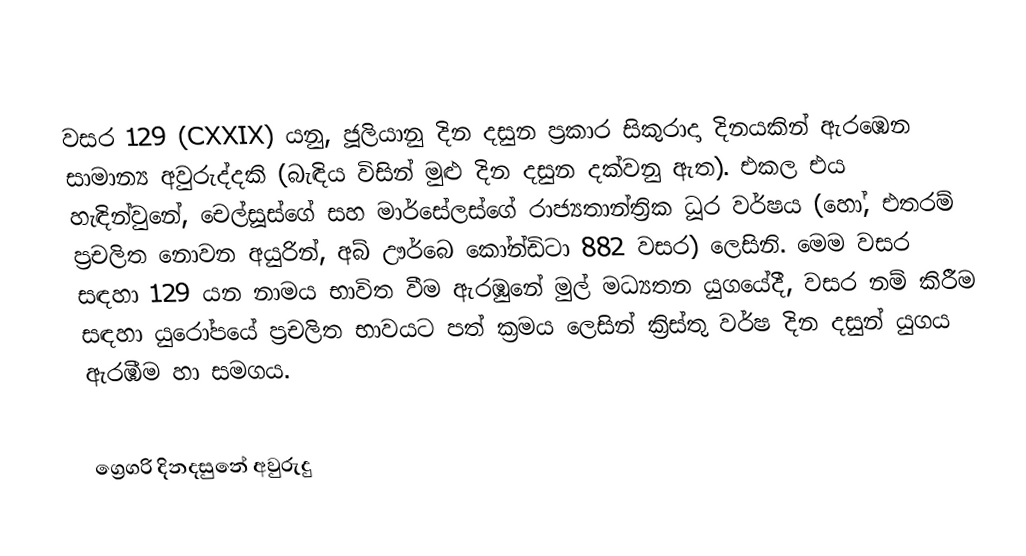

වසර 129 (CXXIX) යනු,  ජූලියානු දින දසුන ප්‍රකාර   සිකුරාදා දිනයකින් ඇරඹෙන සාමාන්‍ය අවුරුද්දකි  (බැඳිය විසින් මුළු දින දසුන දක්වනු ඇත). එකල එය හැඳින්වුනේ, චෙල්සූස්ගේ සහ මාර්සේලස්ගේ රාජ්‍යතාන්ත්‍රික  ධූර වර්ෂය (හෝ, එතරම් ප්‍රචලිත නොවන අයුරින්,  අබ් ඌර්බෙ කෝන්ඩිටා  882 වසර) ලෙසිනි.  මෙම වසර සඳහා 129 යන නාමය භාවිත වීම ඇරඹුනේ මුල් මධ්‍යතන යුගයේදී, වසර නම් කිරීම සඳහා යුරෝපයේ ප්‍රචලිත භාවයට පත් ක්‍රමය ලෙසින් ක්‍රිස්තු වර්ෂ දින දසුන් යුගය ඇරඹීම හා සමගය.

ග්‍රෙගරි දිනදසුනේ අවුරුදු